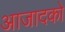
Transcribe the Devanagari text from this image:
आजादको